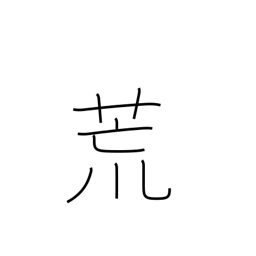
Meaning: laid waste